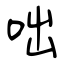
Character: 咄